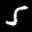
Label: 5